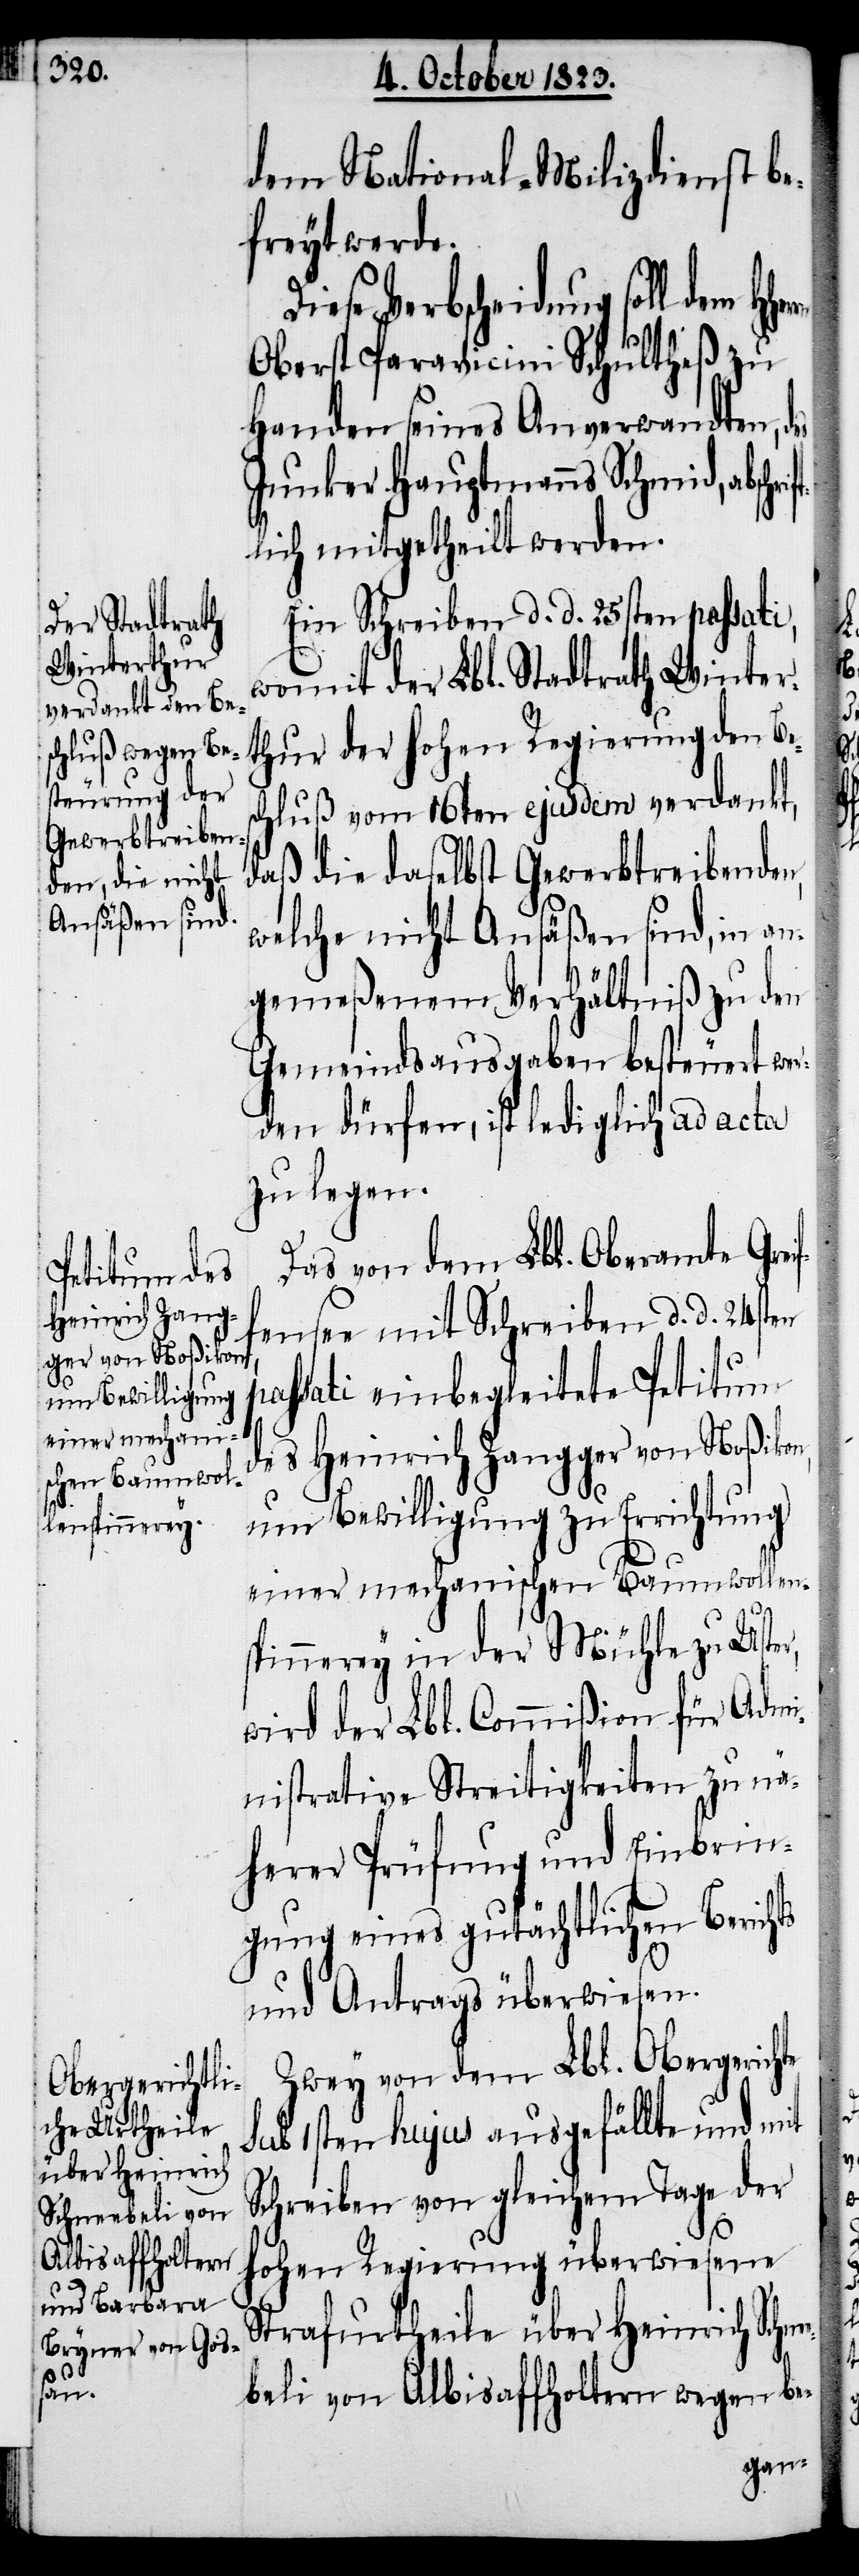
dem National-Milizdienst be¬
freyt werde.
Diese Verbscheidung soll dem
Oberst Paravicini Schultheß zu
Handen seines Anverwandten,
Junker Hauptmanns Schmid, abschr¬
lich mitgetheilt werden.
Ein Schreiben d. d. 25sten passati,
womit der Lbl. Stadtrath Winter¬
thur der hohen Regierung den Bes¬
chluß vom 16ten ejusdem verdankt,
daß die daselbst Gewerbtreibenden,
welche nicht Ansäßen sind, in an¬
gemeßenem Verhältniß zu den
Gemeindsausgaben besteuert wer¬
den dürfen, ist lediglich ad acta
zu legen.
Das von dem Lbl. Oberamte Greif¬
fensee mit Schreiben d. d. 24sten
passati einbegleitete Petitum
des Heinrich Zangger von Noßikon,
um Bewilligung zu Errichtung
einer mechanischen Baumwollen¬
spinnerey in der Mühle zu Uster,
wird der Lbl. Commißion für Admi¬
nistrative Streitigkeiten zu nä¬
herer Prüfung und Einbrin¬
gung eines gutächtlichen Berichts
und Antrags überwiesen.
Zwey von dem Lbl. Obergerichte
sub 1sten hujus ausgefällte und mit
Schreiben von gleichem Tage der
hohen Regierung überwiesene
Strafurtheile über Heinrich Schne¬
ebeli von Albisaffholtern wegen be-
ift¬